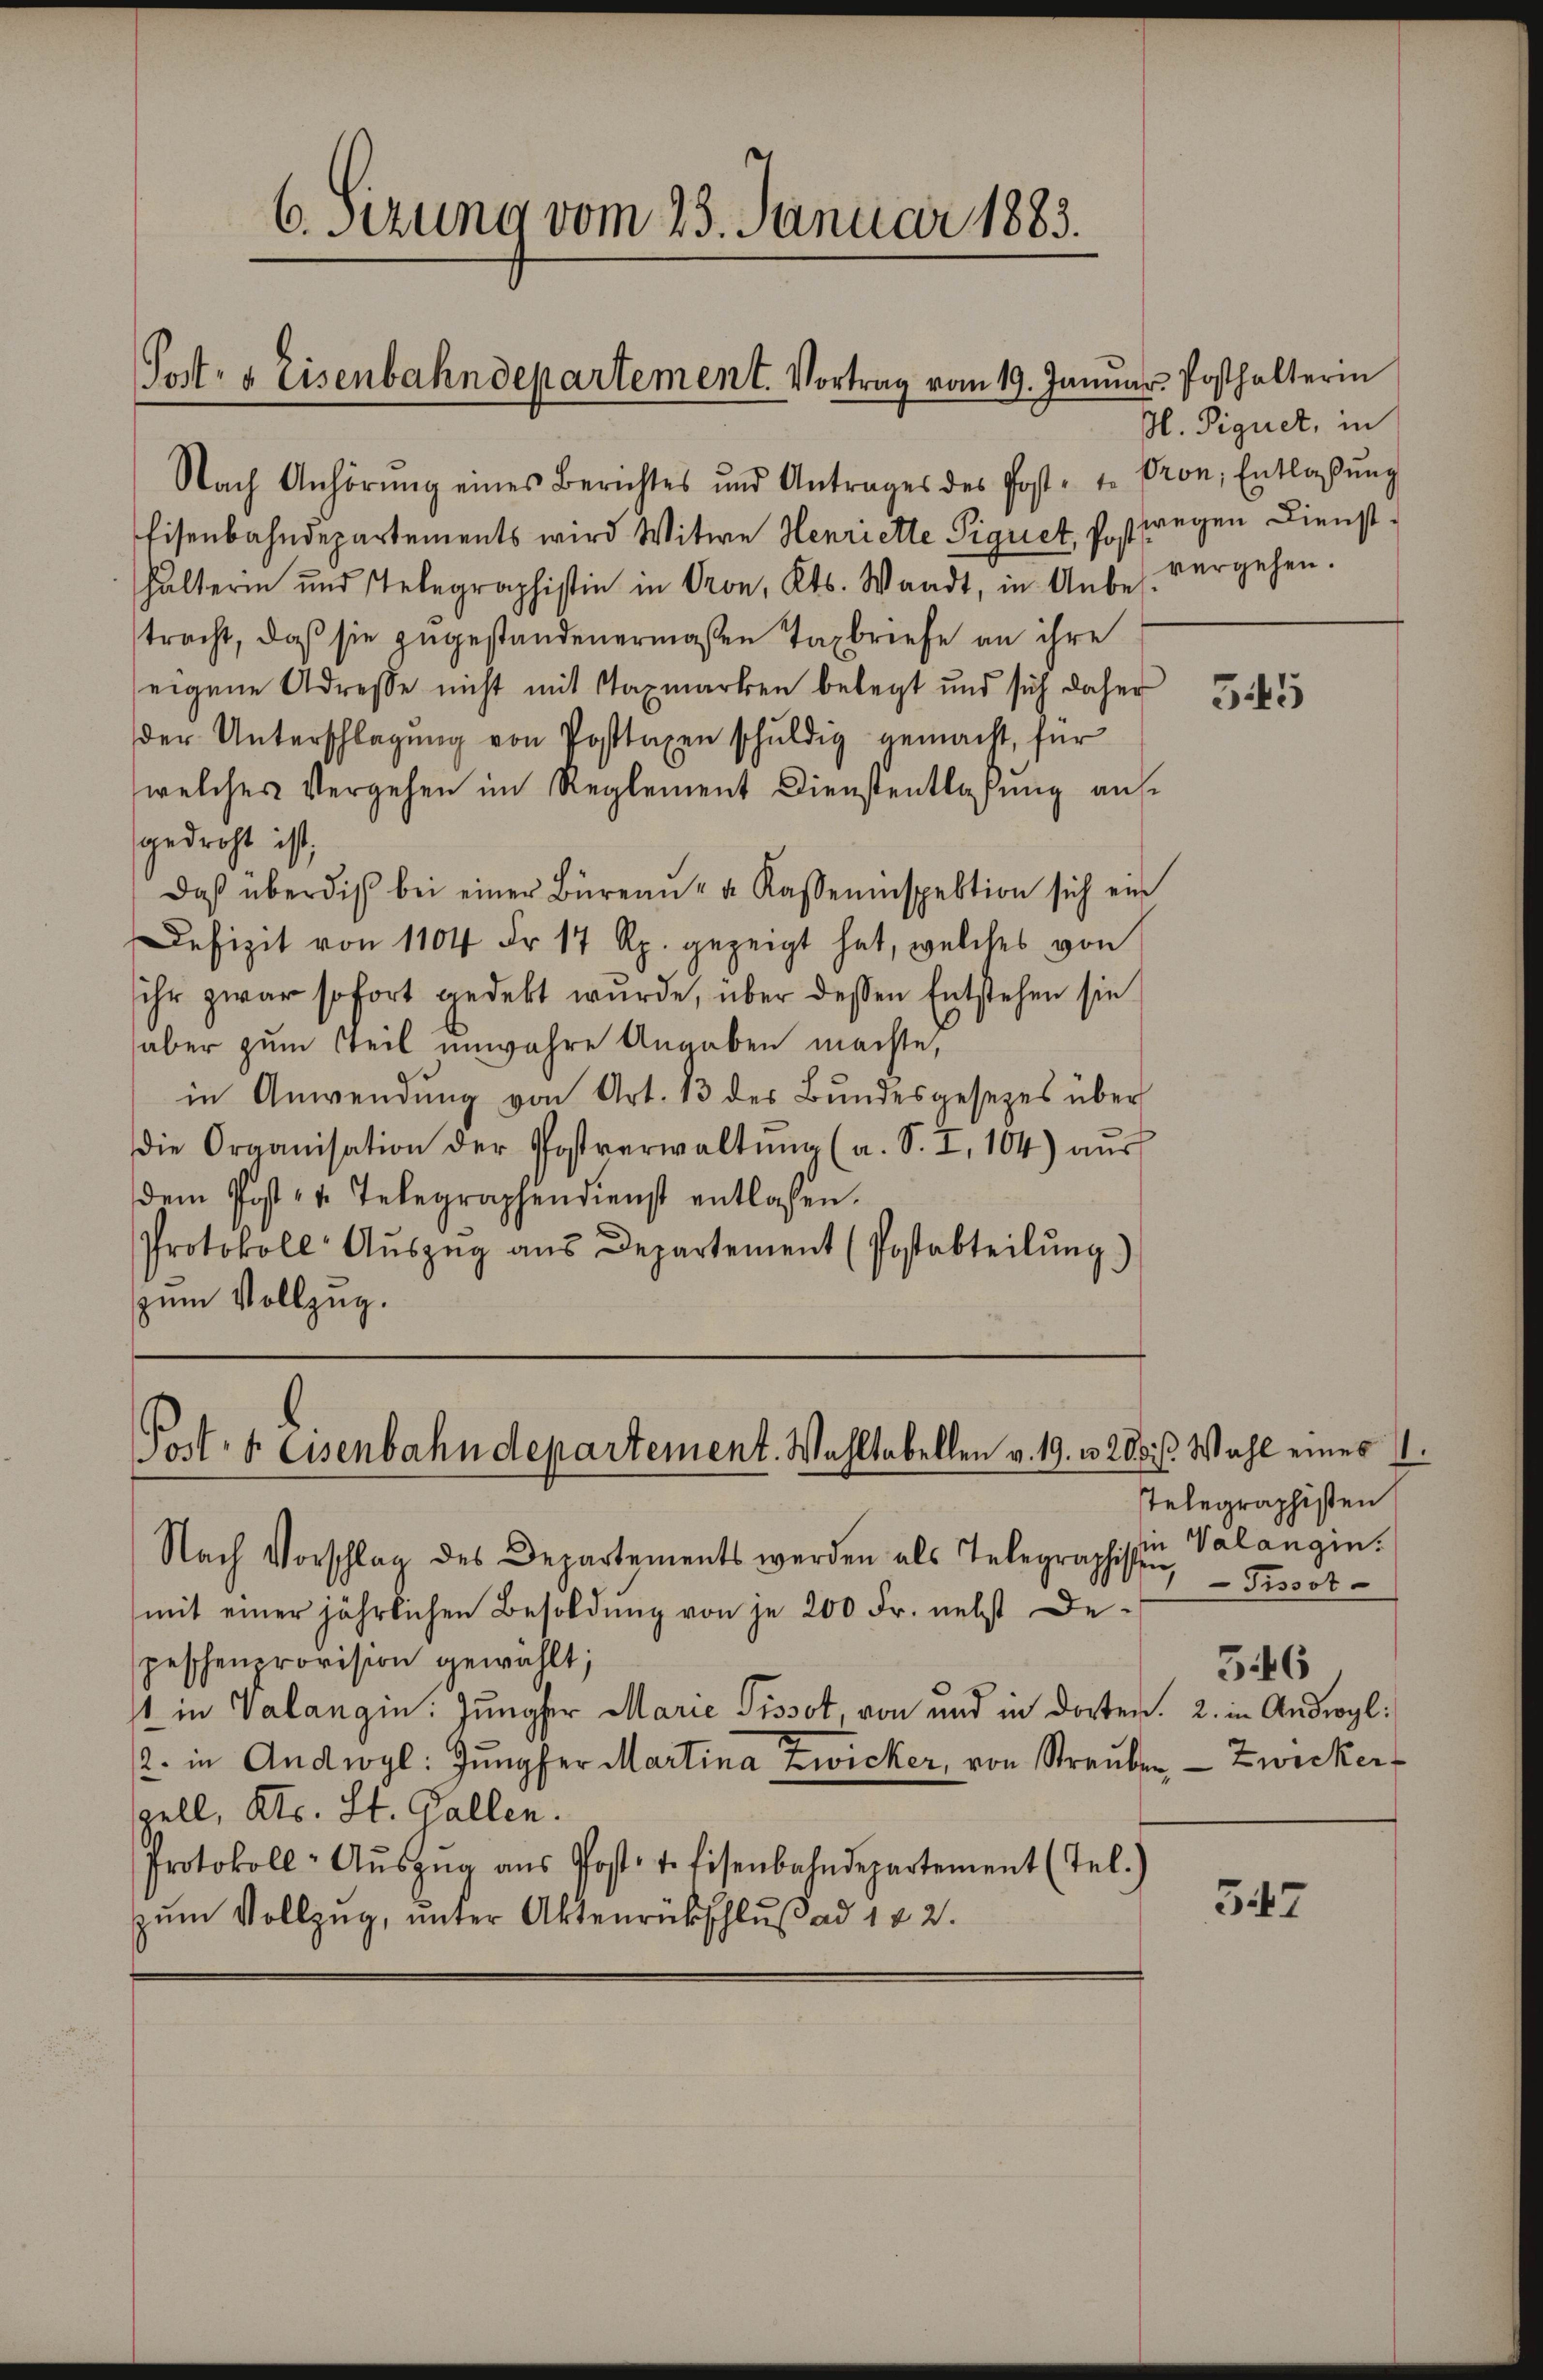
6. Setzung vom 23. Januar 1883.
Post- & Eisenbahndepartement. Vortrag vom 19. Janŭar Posthalterin

Post- & Eisenbahndepartement. Wahltabellen v. 19. v. 280

Nach Anhörŭng eines Berichtes und Antrages des Post- u. Pron, Entlassŭng
Eisenbahndepartements wird Witwe Henriette Piquet, so wegen Diensthalterin und Telegraphistin in Pron, Kts. Waadt, in Anbes. vergehen.
tracht, daß sie zugestandenermaßen Taxbriefe an ihre
eigene Adresse nicht mit Taxmarken belegt und sich daher
der Unterschlagung von Posttaxen schuldig gemacht, für
welches Vergehen im Reglement Dienstentlaßung an
gedroht ist;
Daβ überdich bei einer Büreau- u. Kasseninspektion sich ein
Defizit von 1104 Fr. 17 Rp. gezeigt hat, welches von
sihr zwar sofort gedekt wurde, über dessen Entstehen sie
aber zum Teil unwahre Angaben machte,
in Anwendung von Art. 13 der Bundesgesetzes über
die Organisation der Postverwaltŭng (a. S. I, 104) aŭs
dem Post- u. Telegraphendienst entlassen.
Protokoll Aŭszŭg aŭs Departement (Postabteilŭng.)
zum Vollzug.

Nach Vorschlag des Departements werden als Telegraphisten,
mit einer jährlichen Besoldŭng von je 200 Fr. nebst De-
peschenprovision gewählt;
t in Valangin. Jungfer Marie Pissot, von und in dorten. 2. in Androgl:
2. in Andwyl: Jungfer Martina Zwicker, von Strauben, Zwicker
pell, Kts. St. Gallen.
Protokoll- Aŭszŭg aŭs Post. v. Eisenbahndepartement (Tel.)
zum Vollzug, unter Aktenrückschluß ad 122.

H. Piquet, in

345

Wahl eines
stelegraphisten
in Valangin.
Tissot-
546

347